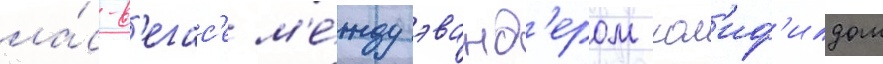
ла́с-в'егас'е м'е́жду эванд'ером хол'иф'илдом